Report on vaccination proceedings throughout the Government of Bengal -
Year: 1868
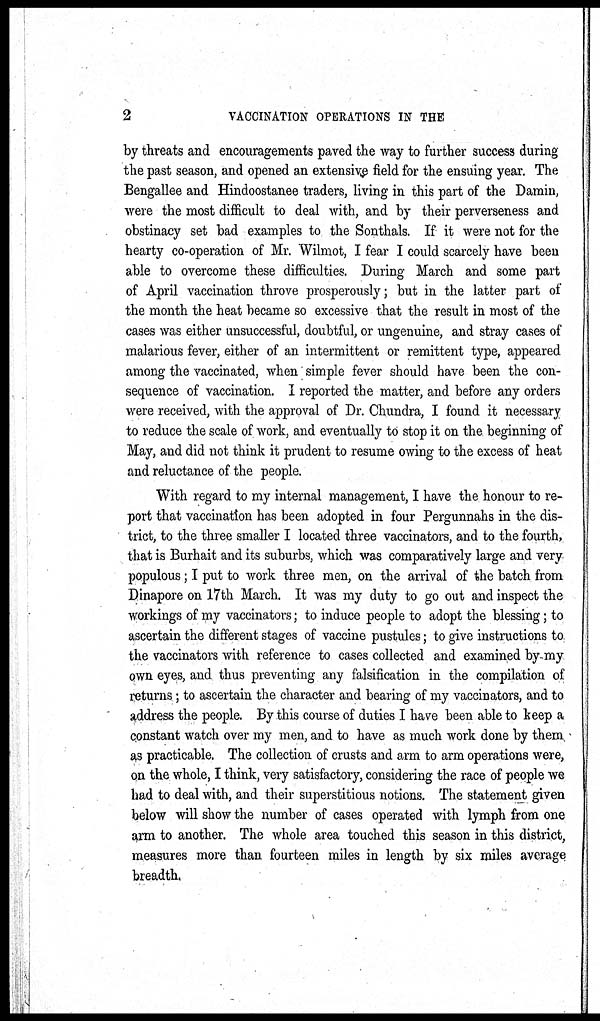
2
VACCINATION OPERATIONS IN THE
by threats and encouragements paved the way to further success during
the past season, and opened an extensive field for the ensuing year. The
Bengallee and Hindoostanee traders, living in this part of the Damin,
were the most difficult to deal with, and by their perverseness and
obstinacy set bad examples to the Sonthals. If it were not for the
hearty co-operation of Mr. Wilmot, I fear I could scarcely have been
able to overcome these difficulties. During March and some part
of April vaccination throve prosperously; but in the latter part of
the month the heat became so excessive that the result in most of the
cases was either unsuccessful, doubtful, or ungenuine, and stray cases of
malarious fever, either of an intermittent or remittent type, appeared
among the vaccinated, when simple fever should have been the con-
sequence of vaccination. I reported the matter, and before any orders
were received, with the approval of Dr. Chundra, I found it necessary
to reduce the scale of work, and eventually to stop it on the beginning of
May, and did not think it prudent to resume owing to the excess of heat
and reluctance of the people.
With regard to my internal management, I have the honour to re-
port that vaccination has been adopted in four Pergunnahs in the dis-
trict, to the three smaller I located three vaccinators, and to the fourth,
that is Burhait and its suburbs, which was comparatively large and very
populous; I put to work three men, on the arrival of the batch from
Dinapore on 17th March. It was my duty to go out and inspect the
workings of my vaccinators; to induce people to adopt the blessing; to
ascertain the different stages of vaccine pustules; to give instructions to
the vaccinators with reference to cases collected and examined by my
own eyes, and thus preventing any falsification in the compilation of
returns; to ascertain the character and bearing of my vaccinators, and to
address the people. By this course of duties I have been able to keep a
constant watch over my men, and to have as much work done by them
as practicable. The collection of crusts and arm to arm operations were,
on the whole, I think, very satisfactory, considering the race of people we
had to deal with, and their superstitious notions. The statement given
below will show the number of cases operated with lymph from one
arm to another. The whole area touched this season in this district,
measures more than fourteen miles in length by six miles average
breadth.